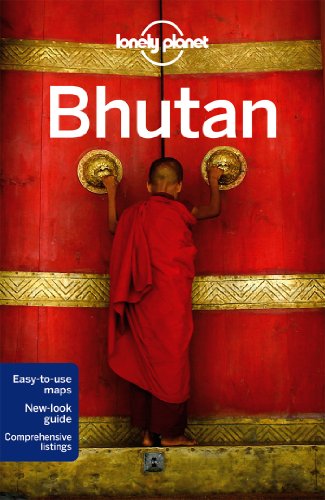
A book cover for Lonely Planet Bhutan (Travel Guide); Lonely Planet; Travel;